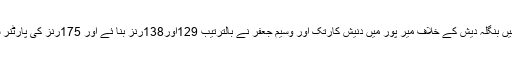
2007میں بنگلہ دیش کے خلاف میر پور میں دنیش کارتک اور وسیم جعفر نے بالترتیب 129اور138رنز بنا ئے اور 175رنز کی پارٹنر شپ کی۔